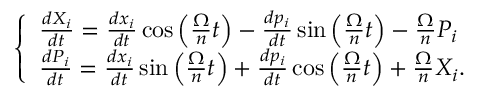
\begin{array} { r } { \left\{ \begin{array} { l } { \frac { d X _ { i } } { d t } = \frac { d x _ { i } } { d t } \cos \Big ( \frac { \Omega } { n } t \Big ) - \frac { d p _ { i } } { d t } \sin \Big ( \frac { \Omega } { n } t \Big ) - \frac { \Omega } { n } P _ { i } } \\ { \frac { d P _ { i } } { d t } = \frac { d x _ { i } } { d t } \sin \Big ( \frac { \Omega } { n } t \Big ) + \frac { d p _ { i } } { d t } \cos \Big ( \frac { \Omega } { n } t \Big ) + \frac { \Omega } { n } X _ { i } . } \end{array} \right. } \end{array}